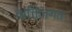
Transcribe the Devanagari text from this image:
व्यक्ति्तगत